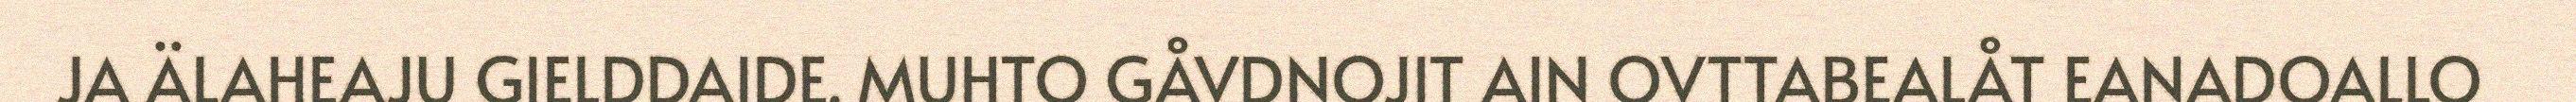
JA ÄLAHEAJU GIELDDAIDE. MUHTO GÅVDNOJIT AIN OVTTABEALÅT EANADOALLO